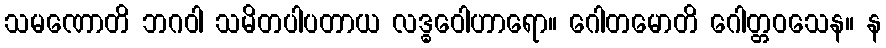
သမဏောတိ ဘဂဝါ သမိတပါပတာယ လဒ္ဓဝေါဟာရော။ ဂေါတမောတိ ဂေါတ္တဝသေန။ န